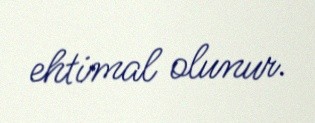
ehtimal olunur.